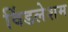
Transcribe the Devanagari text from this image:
विंडलेशम